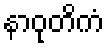
နာဝုတိကံ